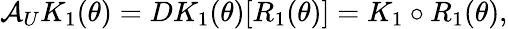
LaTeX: \mathcal{A}_{U}K_{1}(\theta)=DK_{1}(\theta)[R_{1}(\theta)]=K_{1}\circ R_{1}(\theta),